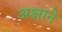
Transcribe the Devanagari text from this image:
अक्षाने